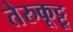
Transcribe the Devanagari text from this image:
तेरुकूट्टू